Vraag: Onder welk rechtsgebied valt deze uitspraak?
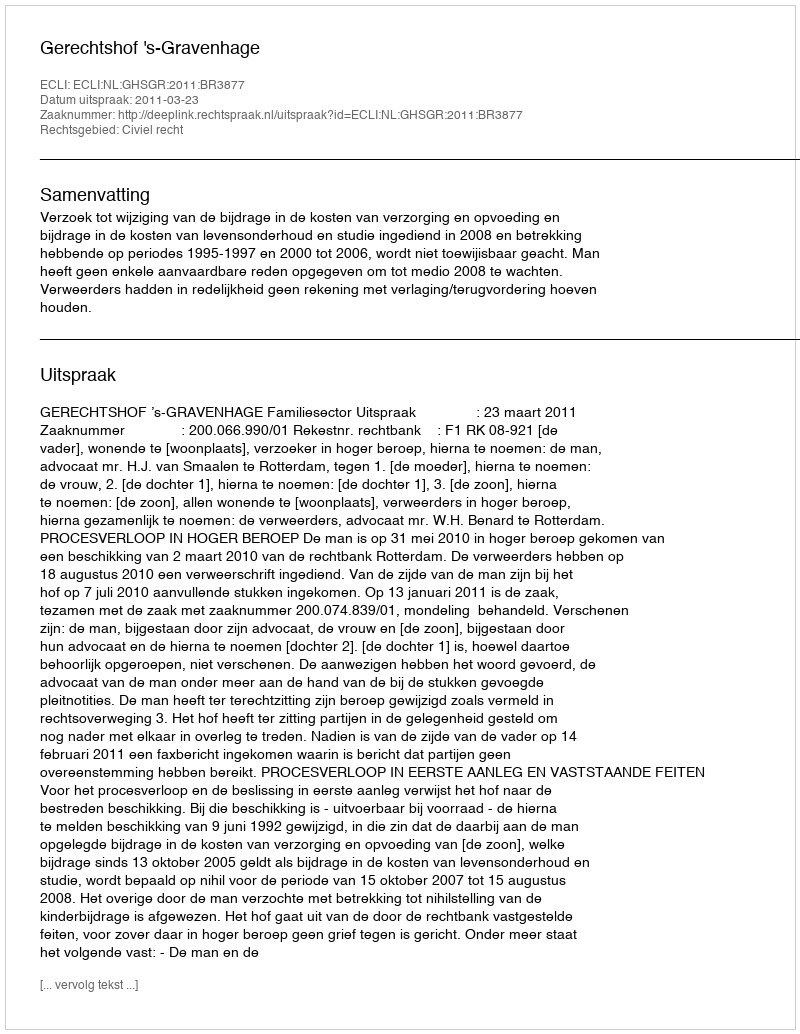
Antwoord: Civiel recht